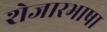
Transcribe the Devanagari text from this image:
शेजारभाषा